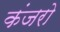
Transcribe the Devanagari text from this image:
कंजरो